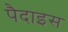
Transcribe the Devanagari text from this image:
पैदाइस